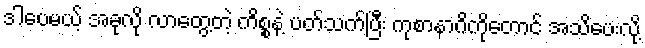
ဒါပေမယ့် အခုလို လာတွေ့တဲ့ ကိစ္စနဲ့ ပတ်သက်ပြီး ကုစာနာဂိကိုတောင် အသိပေးလို့